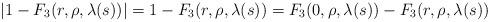
LaTeX: \begin{align*} |1-F_{3}(r,\rho,\lambda(s))| = 1-F_{3}(r,\rho,\lambda(s)) = F_{3}(0,\rho,\lambda(s))-F_{3}(r,\rho,\lambda(s))\end{align*}